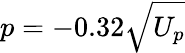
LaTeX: p=-0.32\sqrt{U_{p}}